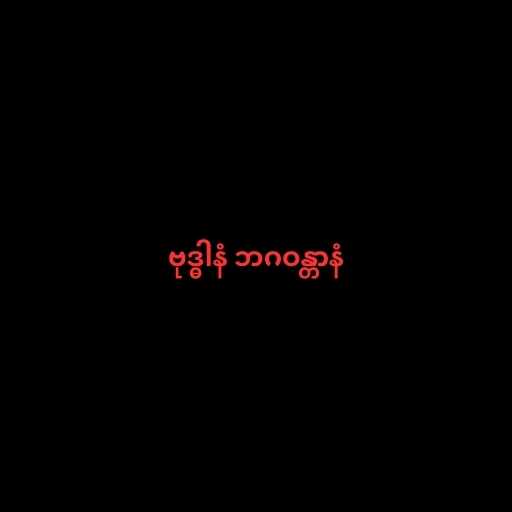
ဗုဒ္ဓါနံ ဘဂဝန္တာနံ